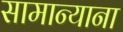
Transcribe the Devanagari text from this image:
सामान्याना